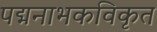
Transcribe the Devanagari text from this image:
पद्मनाभकविकृत